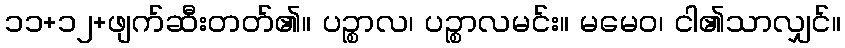
၁၁+၁၂+ဖျက်ဆီးတတ်၏။ ပဉ္စာလ၊ ပဉ္စာလမင်း။ မမေဝ၊ ငါ၏သာလျှင်။